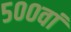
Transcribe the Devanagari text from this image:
५००वां